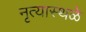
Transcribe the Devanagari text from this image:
नृत्यास्थळे